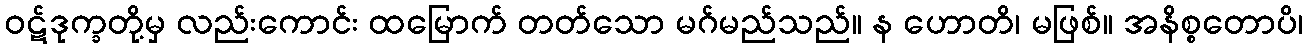
ဝဋ်ဒုက္ခတို့မှ လည်းကောင်း ထမြောက် တတ်သော မဂ်မည်သည်။ န ဟောတိ၊ မဖြစ်။ အနိစ္စတောပိ၊